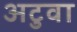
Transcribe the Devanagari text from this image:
अटुवा